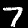
Digit: 7